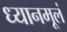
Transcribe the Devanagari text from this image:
ध्यानमूलं